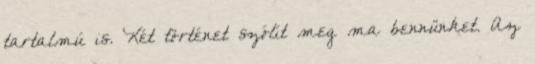
tartalmú is. Két történet szólít meg ma bennünket. Az